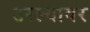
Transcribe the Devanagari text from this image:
उरल्यावर